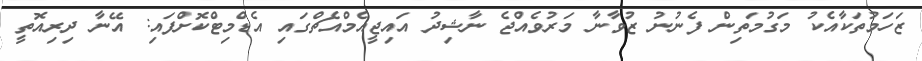
ޒަހަމުތަކާއެކު މަގުމަތިން ފެނުނު ޒުވާނާ މަރުވެއްޖެ ނާޝިދު އައިޖީއެމްއެޗްގައި އެޑްމިޓްކޮށްފައި: އޭނާ ދިރިއޮތީ